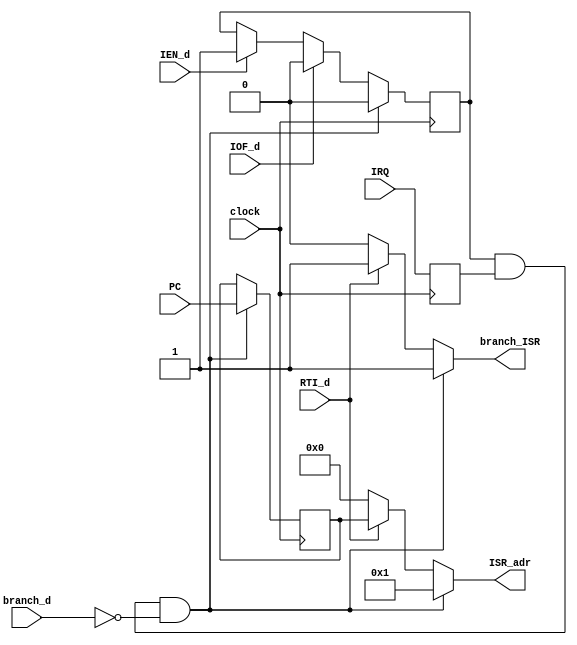
module interrupt(
	input clock,

	input IEN_d,
	input IOF_d,
	input RTI_d,
	input branch_d,
	input IRQ,
	input [11:0] PC,
	
	output reg branch_ISR,
	output reg [11:0] ISR_adr
	);
	
	reg [11:0] return_adr;

	reg IEN_reg;
	reg IRQ_reg;
	reg I;

	initial begin
		IEN_reg = 0;
		return_adr = 0;
	end
	

	always @(posedge clock) begin
		if (IEN_d == 1)
			IEN_reg = 1;
		if (IOF_d == 1)
			IEN_reg = 0;
			
		if (I == 1) begin
			IEN_reg = 0;
			return_adr = PC;
		end
			
		IRQ_reg = IRQ;
	end

	always @(*) begin
		I <= IEN_reg & IRQ_reg & ~branch_d;
		if (I == 1) begin
			branch_ISR <= 1;
			ISR_adr <= 12'h1;
		end
		else if (RTI_d == 1) begin
			branch_ISR <= 1;
			ISR_adr <= return_adr;
		end
		else begin
			branch_ISR <= 0;
			ISR_adr <= 0;
		end
	end



endmodule